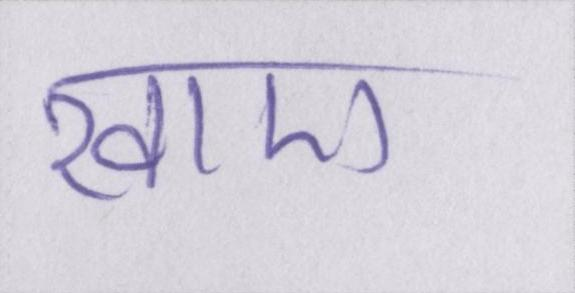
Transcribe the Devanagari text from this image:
खाए